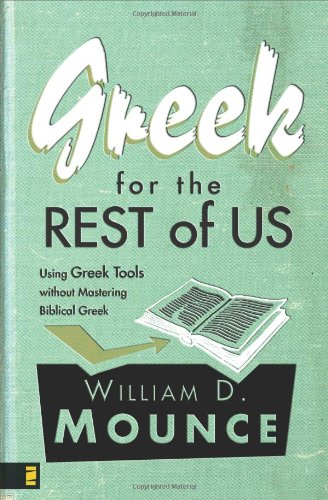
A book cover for Greek for the Rest of Us: Using Greek Tools without Mastering Biblical Greek; William D. Mounce; Christian Books & Bibles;